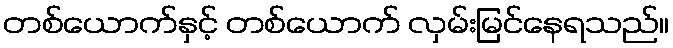
တစ်ယောက်နှင့် တစ်ယောက် လှမ်းမြင်နေရသည်။